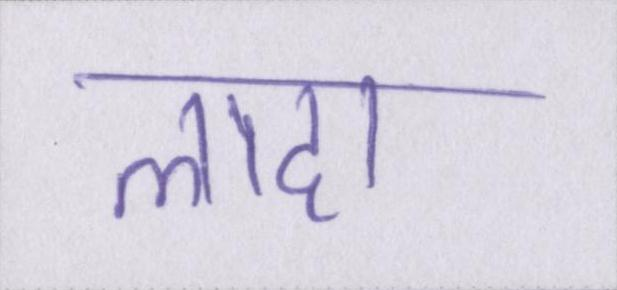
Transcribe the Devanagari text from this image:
लादा